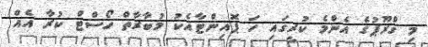
މި ގްރޫޕުގެ އެންމެ ކުރީގައި ހަ ޕޮއިންޓާއެކު މުބާރާތް ހޯސްޓް ކުރާ އެއް